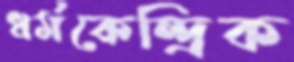
ধর্মকেন্দ্রিক